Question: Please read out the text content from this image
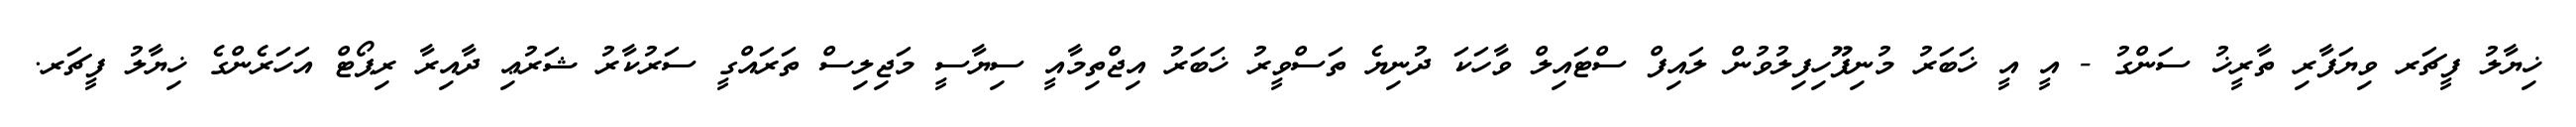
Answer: ޚިޔާލު ފީޗަރ ވިޔަފާރި ތާރީޚު ސަންގު - އީ އީ ޚަބަރު މުނިފޫހިފިލުވުން ލައިފް ސްޓައިލް ވާހަކަ ދުނިޔެ ތަސްވީރު ޚަބަރު އިޖްތިމާއީ ސިޔާސީ މަޖިލިސް ތަރައްގީ ސަރުކާރު ޝަރުޢި ދާއިރާ ރިޕޯޓް އަހަރެންގެ ޚިޔާލު ފީޗަރ.